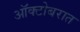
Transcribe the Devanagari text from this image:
ऑक्टोबरात